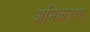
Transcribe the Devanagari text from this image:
अभिकरण।